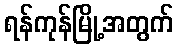
ရန်ကုန်မြို့အတွက်